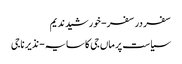
سفر در سفر- خورشید ندیم
سیاست پر ماں جی کا سایہ- نذیر ناجی